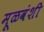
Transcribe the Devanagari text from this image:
मूळवंशी